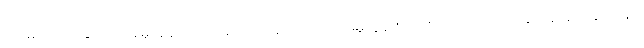
ရေးမှတ်ထားခြင်းကို အမူကွန်း တင်သည်ဟု ခေါ်ဆိုသည်။ အမူကွန်းစကားမှ ပြောင်းလဲလာ၍ အင်းဝခေတ်တွင်